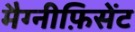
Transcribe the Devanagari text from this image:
मैग्नीफ़िसेंट